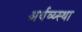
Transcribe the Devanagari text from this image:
अर्थव्य्स्था